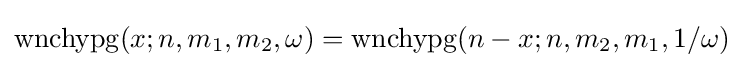
\operatorname {wnchypg} (x;n,m_{1},m_{2},\omega )=\operatorname {wnchypg} (n-x;n,m_{2},m_{1},1/\omega )